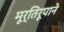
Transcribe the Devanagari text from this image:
मूर्तिरूपाने